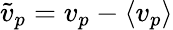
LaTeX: \tilde{v}_{p}=v_{p}-\langle v_{p}\rangle